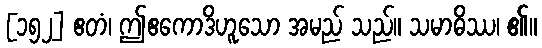
[၁၅၂] ဧတံ၊ ဤဧကောဒိဟူသော အမည် သည်။ သမာဓိဿ၊ ၏။